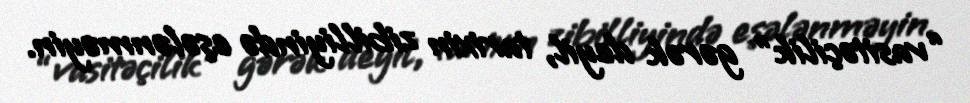
“vasitəçilik” gərək deyil, tarixin zibilliyində eşələnməyin.